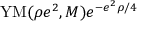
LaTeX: \mathrm { Y M } ( \rho e ^ { 2 } , { \cal M } ) e ^ { - e ^ { 2 } \rho / 4 }